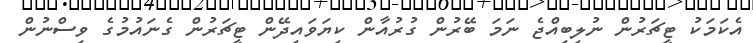
އެކަމަކު ޓީޗަރުން ނުލިބިއްޖެ ނަމަ ބޭރުން ގުރުއާން ކިޔަވައިދޭން ޓީޗަރުން ގެނައުމުގެ ވިސްނުން